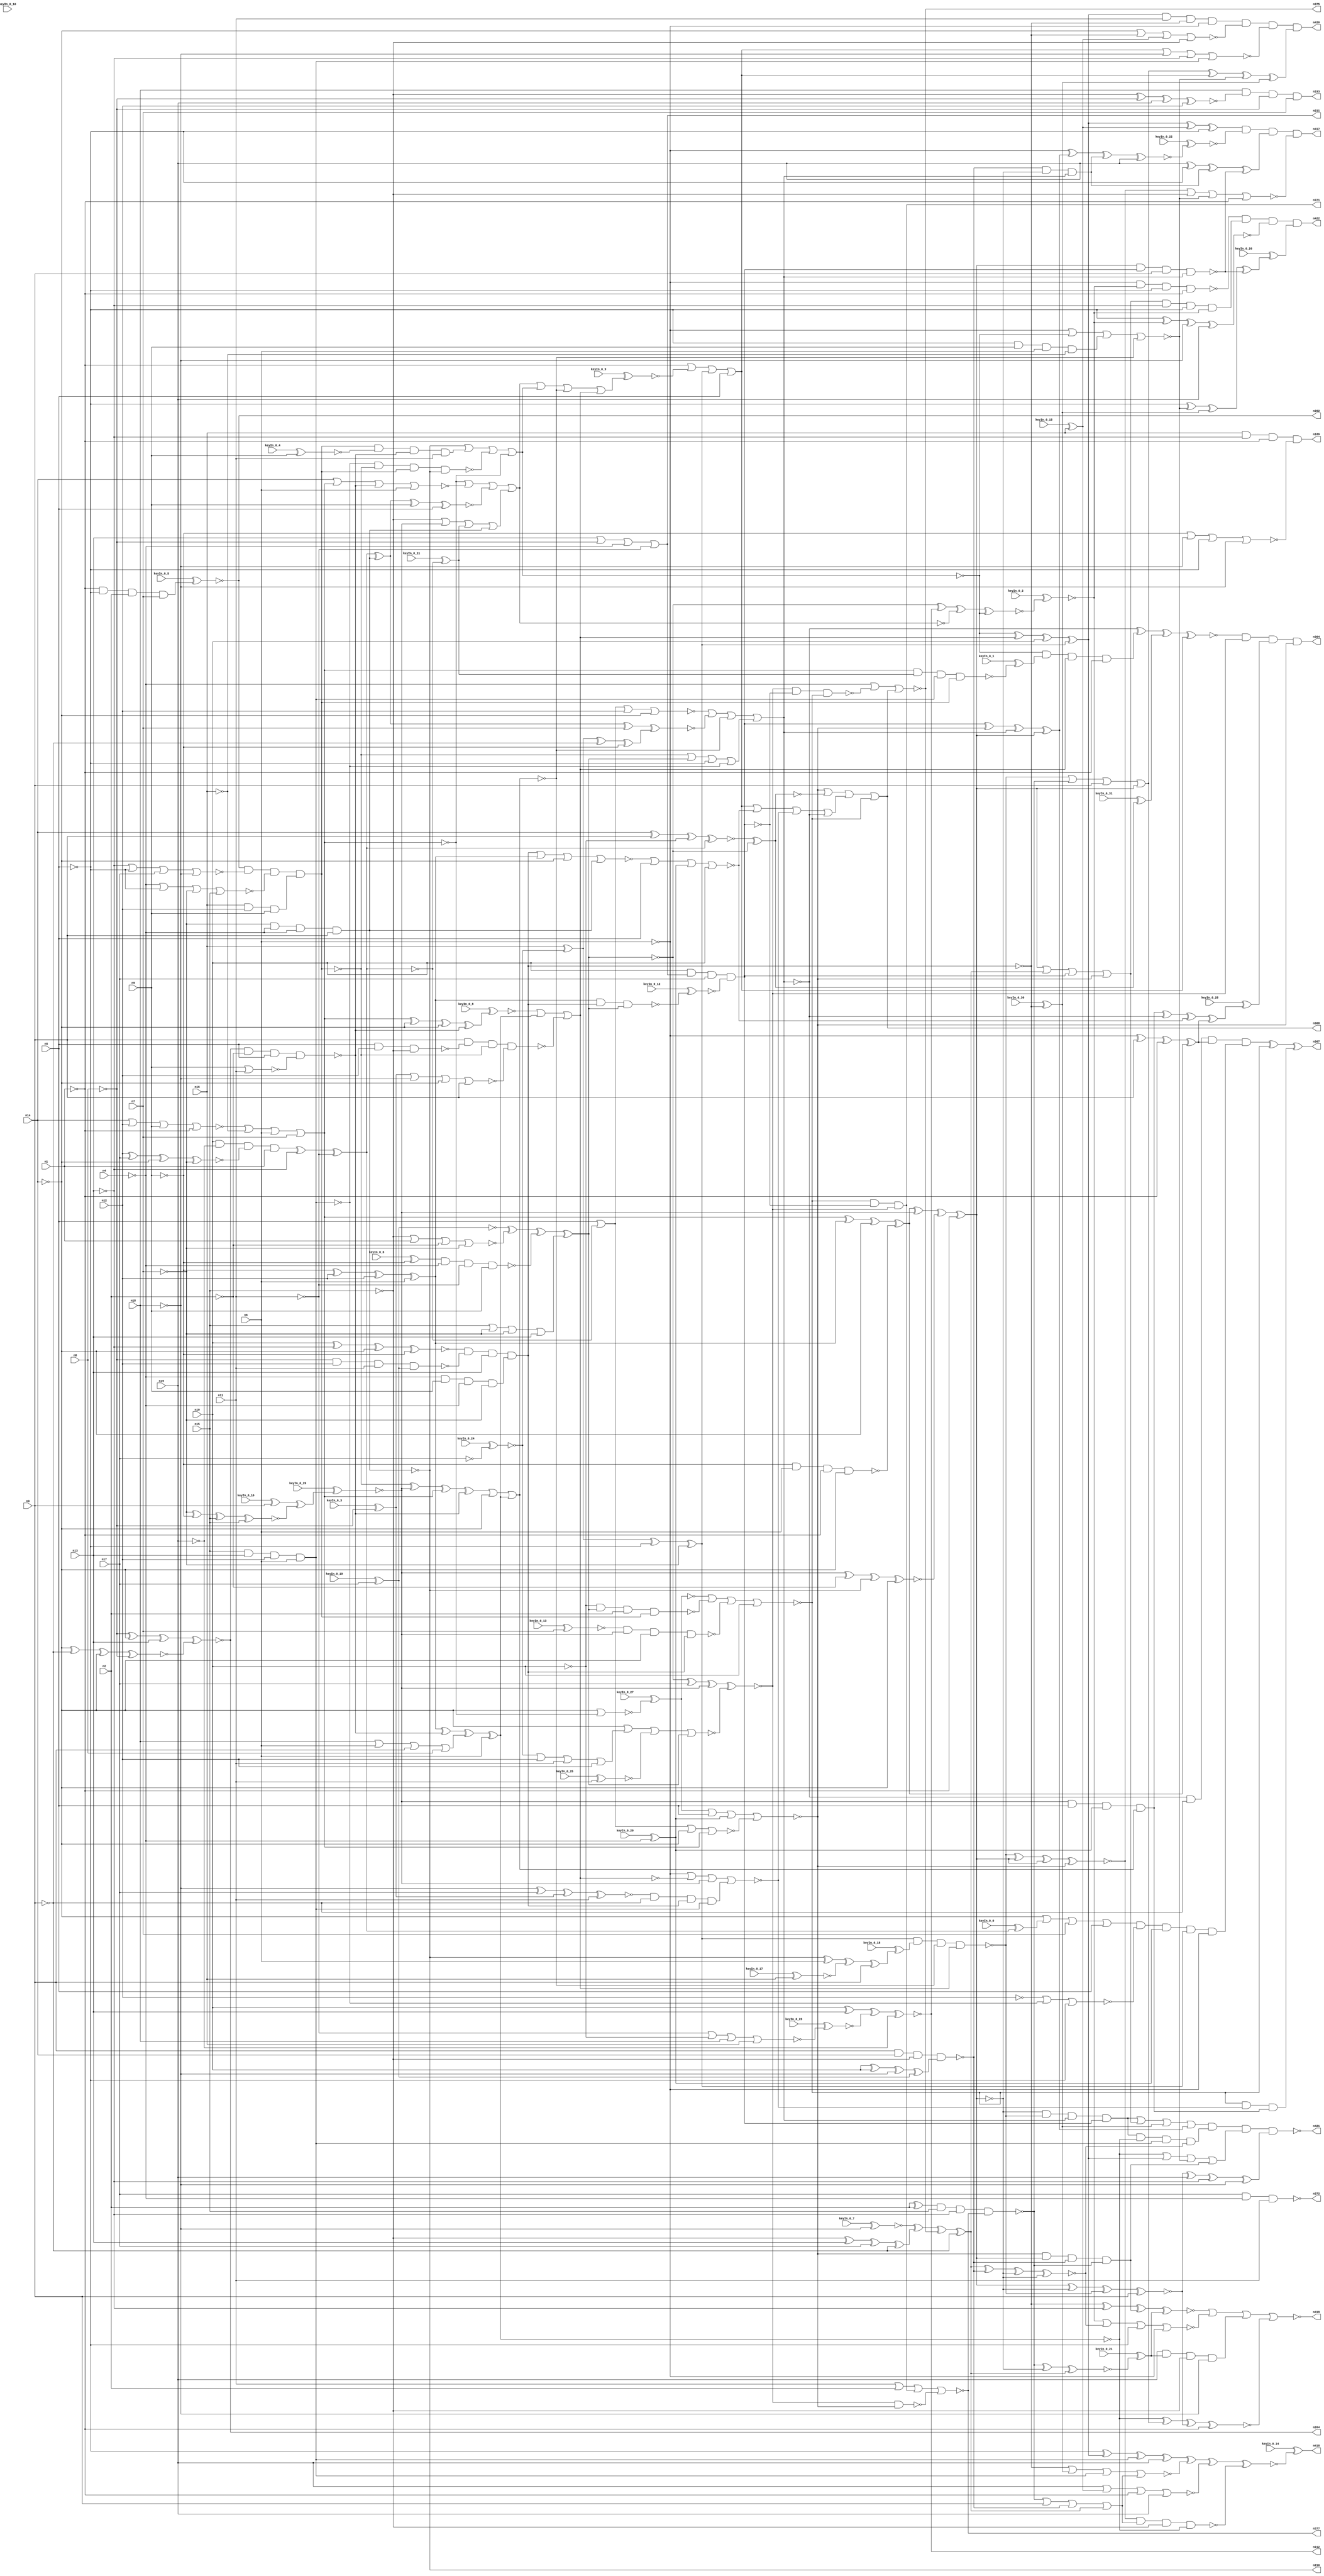


module Stat_403_1822
(
  n1,
  n2,
  n3,
  n4,
  n5,
  n6,
  n7,
  n8,
  n9,
  n10,
  n11,
  n12,
  n13,
  n14,
  n15,
  n16,
  n17,
  n18,
  n19,
  n193,
  n210,
  n211,
  n204,
  n189,
  n202,
  n212,
  n364,
  n368,
  n367,
  n371,
  n372,
  n377,
  n375,
  n418,
  n421,
  n417,
  n419,
  n422,
  n420,
  keyIn_0_0,
  keyIn_0_1,
  keyIn_0_2,
  keyIn_0_3,
  keyIn_0_4,
  keyIn_0_5,
  keyIn_0_6,
  keyIn_0_7,
  keyIn_0_8,
  keyIn_0_9,
  keyIn_0_10,
  keyIn_0_11,
  keyIn_0_12,
  keyIn_0_13,
  keyIn_0_14,
  keyIn_0_15,
  keyIn_0_16,
  keyIn_0_17,
  keyIn_0_18,
  keyIn_0_19,
  keyIn_0_20,
  keyIn_0_21,
  keyIn_0_22,
  keyIn_0_23,
  keyIn_0_24,
  keyIn_0_25,
  keyIn_0_26,
  keyIn_0_27,
  keyIn_0_28,
  keyIn_0_29,
  keyIn_0_30,
  keyIn_0_31
);

  input n1;
  input n2;
  input n3;
  input n4;
  input n5;
  input n6;
  input n7;
  input n8;
  input n9;
  input n10;
  input n11;
  input n12;
  input n13;
  input n14;
  input n15;
  input n16;
  input n17;
  input n18;
  input n19;
  input keyIn_0_0;
  input keyIn_0_1;
  input keyIn_0_2;
  input keyIn_0_3;
  input keyIn_0_4;
  input keyIn_0_5;
  input keyIn_0_6;
  input keyIn_0_7;
  input keyIn_0_8;
  input keyIn_0_9;
  input keyIn_0_10;
  input keyIn_0_11;
  input keyIn_0_12;
  input keyIn_0_13;
  input keyIn_0_14;
  input keyIn_0_15;
  input keyIn_0_16;
  input keyIn_0_17;
  input keyIn_0_18;
  input keyIn_0_19;
  input keyIn_0_20;
  input keyIn_0_21;
  input keyIn_0_22;
  input keyIn_0_23;
  input keyIn_0_24;
  input keyIn_0_25;
  input keyIn_0_26;
  input keyIn_0_27;
  input keyIn_0_28;
  input keyIn_0_29;
  input keyIn_0_30;
  input keyIn_0_31;
  output n193;
  output n210;
  output n211;
  output n204;
  output n189;
  output n202;
  output n212;
  output n364;
  output n368;
  output n367;
  output n371;
  output n372;
  output n377;
  output n375;
  output n418;
  output n421;
  output n417;
  output n419;
  output n422;
  output n420;
  wire n20;
  wire n21;
  wire n22;
  wire n23;
  wire n24;
  wire n25;
  wire n26;
  wire n27;
  wire n28;
  wire n29;
  wire n30;
  wire n31;
  wire n32;
  wire n33;
  wire n34;
  wire n35;
  wire n36;
  wire n37;
  wire n38;
  wire n39;
  wire n40;
  wire n41;
  wire n42;
  wire n43;
  wire n44;
  wire n45;
  wire n46;
  wire n47;
  wire n48;
  wire n49;
  wire n50;
  wire n51;
  wire n52;
  wire n53;
  wire n54;
  wire n55;
  wire n56;
  wire n57;
  wire n58;
  wire n59;
  wire n60;
  wire n61;
  wire n62;
  wire n63;
  wire n64;
  wire n65;
  wire n66;
  wire n67;
  wire n68;
  wire n69;
  wire n70;
  wire n71;
  wire n72;
  wire n73;
  wire n74;
  wire n75;
  wire n76;
  wire n77;
  wire n78;
  wire n79;
  wire n80;
  wire n81;
  wire n82;
  wire n83;
  wire n84;
  wire n85;
  wire n86;
  wire n87;
  wire n88;
  wire n89;
  wire n90;
  wire n91;
  wire n92;
  wire n93;
  wire n94;
  wire n95;
  wire n96;
  wire n97;
  wire n98;
  wire n99;
  wire n100;
  wire n101;
  wire n102;
  wire n103;
  wire n104;
  wire n105;
  wire n106;
  wire n107;
  wire n108;
  wire n109;
  wire n110;
  wire n111;
  wire n112;
  wire n113;
  wire n114;
  wire n115;
  wire n116;
  wire n117;
  wire n118;
  wire n119;
  wire n120;
  wire n121;
  wire n122;
  wire n123;
  wire n124;
  wire n125;
  wire n126;
  wire n127;
  wire n128;
  wire n129;
  wire n130;
  wire n131;
  wire n132;
  wire n133;
  wire n134;
  wire n135;
  wire n136;
  wire n137;
  wire n138;
  wire n139;
  wire n140;
  wire n141;
  wire n142;
  wire n143;
  wire n144;
  wire n145;
  wire n146;
  wire n147;
  wire n148;
  wire n149;
  wire n150;
  wire n151;
  wire n152;
  wire n153;
  wire n154;
  wire n155;
  wire n156;
  wire n157;
  wire n158;
  wire n159;
  wire n160;
  wire n161;
  wire n162;
  wire n163;
  wire n164;
  wire n165;
  wire n166;
  wire n167;
  wire n168;
  wire n169;
  wire n170;
  wire n171;
  wire n172;
  wire n173;
  wire n174;
  wire n175;
  wire n176;
  wire n177;
  wire n178;
  wire n179;
  wire n180;
  wire n181;
  wire n182;
  wire n183;
  wire n184;
  wire n185;
  wire n186;
  wire n187;
  wire n188;
  wire n190;
  wire n191;
  wire n192;
  wire n194;
  wire n195;
  wire n196;
  wire n197;
  wire n198;
  wire n199;
  wire n200;
  wire n201;
  wire n203;
  wire n205;
  wire n206;
  wire n207;
  wire n208;
  wire n209;
  wire n213;
  wire n214;
  wire n215;
  wire n216;
  wire n217;
  wire n218;
  wire n219;
  wire n220;
  wire n221;
  wire n222;
  wire n223;
  wire n224;
  wire n225;
  wire n226;
  wire n227;
  wire n228;
  wire n229;
  wire n230;
  wire n231;
  wire n232;
  wire n233;
  wire n234;
  wire n235;
  wire n236;
  wire n237;
  wire n238;
  wire n239;
  wire n240;
  wire n241;
  wire n242;
  wire n243;
  wire n244;
  wire n245;
  wire n246;
  wire n247;
  wire n248;
  wire n249;
  wire n250;
  wire n251;
  wire n252;
  wire n253;
  wire n254;
  wire n255;
  wire n256;
  wire n257;
  wire n258;
  wire n259;
  wire n260;
  wire n261;
  wire n262;
  wire n263;
  wire n264;
  wire n265;
  wire n266;
  wire n267;
  wire n268;
  wire n269;
  wire n270;
  wire n271;
  wire n272;
  wire n273;
  wire n274;
  wire n275;
  wire n276;
  wire n277;
  wire n278;
  wire n279;
  wire n280;
  wire n281;
  wire n282;
  wire n283;
  wire n284;
  wire n285;
  wire n286;
  wire n287;
  wire n288;
  wire n289;
  wire n290;
  wire n291;
  wire n292;
  wire n293;
  wire n294;
  wire n295;
  wire n296;
  wire n297;
  wire n298;
  wire n299;
  wire n300;
  wire n301;
  wire n302;
  wire n303;
  wire n304;
  wire n305;
  wire n306;
  wire n307;
  wire n308;
  wire n309;
  wire n310;
  wire n311;
  wire n312;
  wire n313;
  wire n314;
  wire n315;
  wire n316;
  wire n317;
  wire n318;
  wire n319;
  wire n320;
  wire n321;
  wire n322;
  wire n323;
  wire n324;
  wire n325;
  wire n326;
  wire n327;
  wire n328;
  wire n329;
  wire n330;
  wire n331;
  wire n332;
  wire n333;
  wire n334;
  wire n335;
  wire n336;
  wire n337;
  wire n338;
  wire n339;
  wire n340;
  wire n341;
  wire n342;
  wire n343;
  wire n344;
  wire n345;
  wire n346;
  wire n347;
  wire n348;
  wire n349;
  wire n350;
  wire n351;
  wire n352;
  wire n353;
  wire n354;
  wire n355;
  wire n356;
  wire n357;
  wire n358;
  wire n359;
  wire n360;
  wire n361;
  wire n362;
  wire n363;
  wire n365;
  wire n366;
  wire n369;
  wire n370;
  wire n373;
  wire n374;
  wire n376;
  wire n378;
  wire n379;
  wire n380;
  wire n381;
  wire n382;
  wire n383;
  wire n384;
  wire n385;
  wire n386;
  wire n387;
  wire n388;
  wire n389;
  wire n390;
  wire n391;
  wire n392;
  wire n393;
  wire n394;
  wire n395;
  wire n396;
  wire n397;
  wire n398;
  wire n399;
  wire n400;
  wire n401;
  wire n402;
  wire n403;
  wire n404;
  wire n405;
  wire n406;
  wire n407;
  wire n408;
  wire n409;
  wire n410;
  wire n411;
  wire n412;
  wire n413;
  wire n414;
  wire n415;
  wire n416;
  wire KeyWire_0_0;
  wire KeyWire_0_1;
  wire KeyWire_0_2;
  wire KeyWire_0_3;
  wire KeyWire_0_4;
  wire KeyWire_0_5;
  wire KeyWire_0_6;
  wire KeyWire_0_7;
  wire KeyWire_0_8;
  wire KeyWire_0_9;
  wire KeyWire_0_10;
  wire KeyWire_0_11;
  wire KeyWire_0_12;
  wire KeyWire_0_13;
  wire KeyWire_0_14;
  wire KeyWire_0_15;
  wire KeyWire_0_16;
  wire KeyWire_0_17;
  wire KeyWire_0_18;
  wire KeyWire_0_19;
  wire KeyWire_0_20;
  wire KeyWire_0_21;
  wire KeyWire_0_22;
  wire KeyWire_0_23;
  wire KeyWire_0_24;
  wire KeyWire_0_25;
  wire KeyWire_0_26;
  wire KeyWire_0_27;
  wire KeyWire_0_28;
  wire KeyWire_0_29;
  wire KeyWire_0_30;
  wire KeyWire_0_31;

  buf
  g0
  (
    n39,
    n12
  );


  not
  g1
  (
    n94,
    n1
  );


  buf
  g2
  (
    n32,
    n17
  );


  buf
  g3
  (
    n73,
    n8
  );


  buf
  g4
  (
    n78,
    n3
  );


  buf
  g5
  (
    n22,
    n19
  );


  not
  g6
  (
    n59,
    n1
  );


  buf
  g7
  (
    n27,
    n11
  );


  not
  g8
  (
    n89,
    n18
  );


  not
  g9
  (
    n40,
    n14
  );


  buf
  g10
  (
    n20,
    n18
  );


  buf
  g11
  (
    n74,
    n9
  );


  buf
  g12
  (
    n82,
    n5
  );


  not
  g13
  (
    n63,
    n8
  );


  buf
  g14
  (
    n42,
    n9
  );


  not
  g15
  (
    KeyWire_0_24,
    n17
  );


  buf
  g16
  (
    n80,
    n10
  );


  not
  g17
  (
    n35,
    n2
  );


  buf
  g18
  (
    n67,
    n10
  );


  not
  g19
  (
    n56,
    n8
  );


  buf
  g20
  (
    n50,
    n3
  );


  not
  g21
  (
    n70,
    n5
  );


  buf
  g22
  (
    n44,
    n16
  );


  buf
  g23
  (
    n68,
    n6
  );


  not
  g24
  (
    KeyWire_0_20,
    n4
  );


  not
  g25
  (
    n41,
    n9
  );


  not
  g26
  (
    n26,
    n2
  );


  buf
  g27
  (
    n53,
    n13
  );


  buf
  g28
  (
    n29,
    n5
  );


  buf
  g29
  (
    KeyWire_0_15,
    n16
  );


  not
  g30
  (
    n38,
    n18
  );


  buf
  g31
  (
    n51,
    n3
  );


  not
  g32
  (
    n46,
    n18
  );


  not
  g33
  (
    n90,
    n13
  );


  buf
  g34
  (
    n49,
    n1
  );


  not
  g35
  (
    KeyWire_0_3,
    n8
  );


  not
  g36
  (
    n31,
    n9
  );


  not
  g37
  (
    n34,
    n5
  );


  not
  g38
  (
    n58,
    n3
  );


  buf
  g39
  (
    n71,
    n13
  );


  not
  g40
  (
    n37,
    n7
  );


  not
  g41
  (
    n47,
    n13
  );


  buf
  g42
  (
    n93,
    n19
  );


  buf
  g43
  (
    n86,
    n2
  );


  not
  g44
  (
    n91,
    n6
  );


  buf
  g45
  (
    n45,
    n12
  );


  buf
  g46
  (
    KeyWire_0_19,
    n17
  );


  buf
  g47
  (
    n61,
    n11
  );


  buf
  g48
  (
    n33,
    n14
  );


  buf
  g49
  (
    n83,
    n17
  );


  not
  g50
  (
    n79,
    n1
  );


  not
  g51
  (
    n24,
    n10
  );


  buf
  g52
  (
    n87,
    n11
  );


  not
  g53
  (
    n62,
    n16
  );


  buf
  g54
  (
    n77,
    n12
  );


  not
  g55
  (
    n69,
    n7
  );


  not
  g56
  (
    n92,
    n15
  );


  buf
  g57
  (
    n60,
    n7
  );


  buf
  g58
  (
    n28,
    n10
  );


  buf
  g59
  (
    n76,
    n15
  );


  buf
  g60
  (
    n65,
    n16
  );


  buf
  g61
  (
    n84,
    n2
  );


  buf
  g62
  (
    n95,
    n19
  );


  buf
  g63
  (
    n21,
    n6
  );


  not
  g64
  (
    n30,
    n14
  );


  not
  g65
  (
    n64,
    n4
  );


  not
  g66
  (
    n23,
    n11
  );


  not
  g67
  (
    n72,
    n4
  );


  not
  g68
  (
    n36,
    n15
  );


  buf
  g69
  (
    n54,
    n12
  );


  not
  g70
  (
    n48,
    n14
  );


  not
  g71
  (
    n85,
    n4
  );


  not
  g72
  (
    n52,
    n15
  );


  not
  g73
  (
    n75,
    n19
  );


  buf
  g74
  (
    n57,
    n6
  );


  buf
  g75
  (
    n66,
    n7
  );


  not
  g76
  (
    n115,
    n36
  );


  buf
  g77
  (
    n124,
    n47
  );


  not
  g78
  (
    KeyWire_0_13,
    n37
  );


  buf
  g79
  (
    n123,
    n37
  );


  buf
  g80
  (
    n152,
    n57
  );


  buf
  g81
  (
    n168,
    n57
  );


  buf
  g82
  (
    n153,
    n54
  );


  not
  g83
  (
    n137,
    n33
  );


  buf
  g84
  (
    n159,
    n30
  );


  not
  g85
  (
    n132,
    n34
  );


  not
  g86
  (
    n136,
    n53
  );


  not
  g87
  (
    n148,
    n33
  );


  buf
  g88
  (
    n135,
    n29
  );


  buf
  g89
  (
    n130,
    n23
  );


  not
  g90
  (
    n160,
    n39
  );


  buf
  g91
  (
    n141,
    n26
  );


  buf
  g92
  (
    n133,
    n53
  );


  buf
  g93
  (
    n112,
    n34
  );


  buf
  g94
  (
    n181,
    n47
  );


  buf
  g95
  (
    n107,
    n21
  );


  not
  g96
  (
    KeyWire_0_4,
    n41
  );


  not
  g97
  (
    n171,
    n40
  );


  buf
  g98
  (
    n158,
    n45
  );


  buf
  g99
  (
    n169,
    n52
  );


  buf
  g100
  (
    n176,
    n50
  );


  buf
  g101
  (
    n125,
    n30
  );


  not
  g102
  (
    n108,
    n59
  );


  buf
  g103
  (
    KeyWire_0_17,
    n44
  );


  buf
  g104
  (
    n119,
    n43
  );


  not
  g105
  (
    n116,
    n46
  );


  not
  g106
  (
    n161,
    n26
  );


  buf
  g107
  (
    n157,
    n51
  );


  not
  g108
  (
    n105,
    n42
  );


  buf
  g109
  (
    n163,
    n48
  );


  not
  g110
  (
    KeyWire_0_10,
    n22
  );


  buf
  g111
  (
    n179,
    n60
  );


  buf
  g112
  (
    n117,
    n49
  );


  buf
  g113
  (
    n178,
    n50
  );


  not
  g114
  (
    n102,
    n49
  );


  buf
  g115
  (
    KeyWire_0_16,
    n51
  );


  buf
  g116
  (
    n182,
    n36
  );


  buf
  g117
  (
    n165,
    n27
  );


  not
  g118
  (
    n166,
    n30
  );


  buf
  g119
  (
    n167,
    n24
  );


  buf
  g120
  (
    n113,
    n55
  );


  buf
  g121
  (
    n188,
    n50
  );


  buf
  g122
  (
    KeyWire_0_25,
    n61
  );


  buf
  g123
  (
    n177,
    n42
  );


  buf
  g124
  (
    n147,
    n58
  );


  not
  g125
  (
    n185,
    n48
  );


  not
  g126
  (
    n98,
    n27
  );


  buf
  g127
  (
    n111,
    n41
  );


  not
  g128
  (
    n122,
    n60
  );


  buf
  g129
  (
    n164,
    n60
  );


  not
  g130
  (
    n120,
    n29
  );


  not
  g131
  (
    n101,
    n60
  );


  buf
  g132
  (
    KeyWire_0_6,
    n31
  );


  not
  g133
  (
    n145,
    n57
  );


  not
  g134
  (
    n110,
    n61
  );


  buf
  g135
  (
    n106,
    n59
  );


  buf
  g136
  (
    n126,
    n43
  );


  buf
  g137
  (
    n128,
    n53
  );


  not
  g138
  (
    n121,
    n35
  );


  buf
  g139
  (
    n154,
    n35
  );


  buf
  g140
  (
    n114,
    n20
  );


  not
  g141
  (
    n187,
    n52
  );


  buf
  g142
  (
    n96,
    n44
  );


  buf
  g143
  (
    KeyWire_0_7,
    n38
  );


  not
  g144
  (
    n146,
    n56
  );


  not
  g145
  (
    n180,
    n51
  );


  not
  g146
  (
    n155,
    n28
  );


  not
  g147
  (
    n144,
    n55
  );


  nor
  g148
  (
    n134,
    n42,
    n61
  );


  nor
  g149
  (
    n162,
    n25,
    n46,
    n40,
    n50
  );


  xnor
  g150
  (
    n97,
    n48,
    n58,
    n40,
    n56
  );


  xor
  g151
  (
    n183,
    n28,
    n28,
    n38,
    n55
  );


  nor
  g152
  (
    n143,
    n36,
    n49,
    n35,
    n37
  );


  nand
  g153
  (
    n139,
    n56,
    n54,
    n27,
    n55
  );


  xor
  g154
  (
    n184,
    n52,
    n53,
    n32,
    n58
  );


  nor
  g155
  (
    n140,
    n47,
    n34,
    n32,
    n46
  );


  xnor
  g156
  (
    n109,
    n52,
    n56,
    n22,
    n45
  );


  nor
  g157
  (
    n127,
    n33,
    n54,
    n42,
    n59
  );


  nand
  g158
  (
    n150,
    n41,
    n21,
    n59,
    n40
  );


  xnor
  g159
  (
    n142,
    n28,
    n47,
    n48,
    n41
  );


  xnor
  g160
  (
    n149,
    n38,
    n32,
    n25,
    n61
  );


  xor
  g161
  (
    n173,
    n44,
    n43,
    n58,
    n31
  );


  xnor
  g162
  (
    n138,
    n31,
    n39,
    n45,
    n57
  );


  xnor
  g163
  (
    n118,
    n45,
    n32,
    n30,
    n37
  );


  nor
  g164
  (
    KeyWire_0_23,
    n23,
    n24,
    n20,
    n44
  );


  nor
  g165
  (
    n129,
    n31,
    n38,
    n34,
    n46
  );


  xor
  g166
  (
    n100,
    n49,
    n35,
    n33,
    n51
  );


  nand
  g167
  (
    n174,
    n29,
    n29,
    n39,
    n36
  );


  or
  g168
  (
    n170,
    n43,
    n54,
    n27,
    n39
  );


  xor
  g169
  (
    n191,
    n75,
    n100,
    n64,
    n70
  );


  xnor
  g170
  (
    n204,
    n63,
    n125,
    n71,
    n97
  );


  nand
  g171
  (
    n199,
    n104,
    n72,
    n98,
    n74
  );


  xnor
  g172
  (
    n196,
    n101,
    n111,
    n115,
    n76
  );


  and
  g173
  (
    n189,
    n65,
    n124,
    n106,
    n129
  );


  and
  g174
  (
    n203,
    n65,
    n77,
    n74
  );


  xor
  g175
  (
    n208,
    n96,
    n126,
    n120,
    n122
  );


  xor
  g176
  (
    n192,
    n68,
    n119,
    n65,
    n113
  );


  xor
  g177
  (
    n190,
    n70,
    n99,
    n67
  );


  nand
  g178
  (
    n197,
    n76,
    n71,
    n77,
    n107
  );


  nor
  g179
  (
    n205,
    n127,
    n62,
    n68,
    n66
  );


  nor
  g180
  (
    n201,
    n65,
    n62,
    n73,
    n117
  );


  or
  g181
  (
    n206,
    n76,
    n69,
    n123,
    n71
  );


  and
  g182
  (
    n207,
    n67,
    n75,
    n118,
    n108
  );


  nand
  g183
  (
    n210,
    n69,
    n72,
    n64,
    n78
  );


  nor
  g184
  (
    n194,
    n73,
    n73,
    n63,
    n75
  );


  or
  g185
  (
    n211,
    n128,
    n63,
    n72,
    n110
  );


  and
  g186
  (
    n200,
    n72,
    n74,
    n64,
    n69
  );


  nand
  g187
  (
    n195,
    n105,
    n66,
    n77,
    n62
  );


  and
  g188
  (
    n213,
    n70,
    n74,
    n68,
    n62
  );


  and
  g189
  (
    KeyWire_0_5,
    n102,
    n112,
    n121,
    n66
  );


  and
  g190
  (
    n193,
    n116,
    n109,
    n63,
    n66
  );


  or
  g191
  (
    n209,
    n114,
    n68,
    n78,
    n73
  );


  nor
  g192
  (
    n198,
    n64,
    n70,
    n69,
    n76
  );


  xnor
  g193
  (
    n212,
    n67,
    n71,
    n103,
    n75
  );


  buf
  g194
  (
    n223,
    n205
  );


  buf
  g195
  (
    n225,
    n197
  );


  not
  g196
  (
    n219,
    n145
  );


  buf
  g197
  (
    n221,
    n137
  );


  not
  g198
  (
    n217,
    n138
  );


  buf
  g199
  (
    n214,
    n135
  );


  xor
  g200
  (
    KeyWire_0_29,
    n131,
    n196
  );


  xnor
  g201
  (
    n215,
    n207,
    n136,
    n201,
    n130
  );


  and
  g202
  (
    n222,
    n202,
    n140,
    n198,
    n203
  );


  and
  g203
  (
    n224,
    n142,
    n139,
    n133,
    n200
  );


  xor
  g204
  (
    n216,
    n144,
    n143,
    n199,
    n206
  );


  nand
  g205
  (
    n218,
    n204,
    n141,
    n132,
    n134
  );


  buf
  g206
  (
    n246,
    n220
  );


  not
  g207
  (
    n232,
    n214
  );


  buf
  g208
  (
    n242,
    n217
  );


  buf
  g209
  (
    n241,
    n225
  );


  not
  g210
  (
    n227,
    n210
  );


  not
  g211
  (
    n226,
    n225
  );


  buf
  g212
  (
    n240,
    n221
  );


  buf
  g213
  (
    n236,
    n218
  );


  not
  g214
  (
    n235,
    n223
  );


  buf
  g215
  (
    n231,
    n215
  );


  buf
  g216
  (
    n234,
    n224
  );


  buf
  g217
  (
    n239,
    n222
  );


  buf
  g218
  (
    n228,
    n224
  );


  not
  g219
  (
    n243,
    n222
  );


  buf
  g220
  (
    n233,
    n221
  );


  buf
  g221
  (
    n247,
    n208
  );


  not
  g222
  (
    n245,
    n216
  );


  not
  g223
  (
    n244,
    n219
  );


  buf
  g224
  (
    n237,
    n220
  );


  buf
  g225
  (
    n238,
    n216
  );


  buf
  g226
  (
    n230,
    n223
  );


  xor
  g227
  (
    n229,
    n217,
    n218,
    n209,
    n219
  );


  not
  g228
  (
    n250,
    n230
  );


  not
  g229
  (
    n255,
    n232
  );


  buf
  g230
  (
    n254,
    n227
  );


  buf
  g231
  (
    n253,
    n226
  );


  not
  g232
  (
    n265,
    n229
  );


  buf
  g233
  (
    n258,
    n229
  );


  buf
  g234
  (
    n249,
    n232
  );


  buf
  g235
  (
    n260,
    n233
  );


  buf
  g236
  (
    n259,
    n230
  );


  buf
  g237
  (
    n263,
    n232
  );


  not
  g238
  (
    n256,
    n231
  );


  buf
  g239
  (
    n264,
    n232
  );


  not
  g240
  (
    n266,
    n228
  );


  not
  g241
  (
    KeyWire_0_0,
    n231
  );


  buf
  g242
  (
    n252,
    n231
  );


  buf
  g243
  (
    n261,
    n226
  );


  not
  g244
  (
    KeyWire_0_30,
    n228
  );


  buf
  g245
  (
    KeyWire_0_11,
    n231
  );


  not
  g246
  (
    n257,
    n227
  );


  and
  g247
  (
    n291,
    n149,
    n147,
    n234,
    n253
  );


  nor
  g248
  (
    n274,
    n166,
    n235,
    n236,
    n168
  );


  nor
  g249
  (
    n279,
    n255,
    n252,
    n153,
    n233
  );


  nand
  g250
  (
    n270,
    n241,
    n243,
    n239,
    n257
  );


  nor
  g251
  (
    n277,
    n160,
    n241,
    n249
  );


  xnor
  g252
  (
    n286,
    n256,
    n254,
    n179,
    n173
  );


  nand
  g253
  (
    KeyWire_0_1,
    n250,
    n248,
    n253,
    n239
  );


  xor
  g254
  (
    n268,
    n243,
    n237,
    n250,
    n236
  );


  nand
  g255
  (
    n281,
    n167,
    n238,
    n161,
    n239
  );


  nand
  g256
  (
    KeyWire_0_12,
    n242,
    n242,
    n234,
    n238
  );


  xor
  g257
  (
    KeyWire_0_8,
    n235,
    n233,
    n163,
    n236
  );


  or
  g258
  (
    n271,
    n169,
    n237,
    n248,
    n254
  );


  xnor
  g259
  (
    n292,
    n146,
    n256,
    n251,
    n158
  );


  nand
  g260
  (
    n273,
    n157,
    n174,
    n243,
    n162
  );


  xnor
  g261
  (
    n284,
    n171,
    n176,
    n155,
    n256
  );


  xor
  g262
  (
    n278,
    n257,
    n152,
    n175,
    n178
  );


  xnor
  g263
  (
    n272,
    n254,
    n256,
    n177,
    n255
  );


  nor
  g264
  (
    n283,
    n255,
    n252,
    n240,
    n235
  );


  and
  g265
  (
    n269,
    n239,
    n151,
    n236,
    n165
  );


  or
  g266
  (
    n276,
    n159,
    n251,
    n164,
    n255
  );


  or
  g267
  (
    n280,
    n243,
    n238,
    n249,
    n241
  );


  xnor
  g268
  (
    n275,
    n235,
    n242,
    n233,
    n150
  );


  nor
  g269
  (
    n288,
    n240,
    n170,
    n172,
    n238
  );


  nor
  g270
  (
    n285,
    n234,
    n242,
    n240,
    n254
  );


  xnor
  g271
  (
    n289,
    n237,
    n154,
    n257,
    n240
  );


  nand
  g272
  (
    n287,
    n156,
    n237,
    n148,
    n234
  );


  or
  g273
  (
    n295,
    n257,
    n269,
    n270,
    n259
  );


  nor
  g274
  (
    n296,
    n268,
    n260,
    n258
  );


  or
  g275
  (
    n293,
    n259,
    n274,
    n272,
    n271
  );


  or
  g276
  (
    n297,
    n267,
    n258,
    n273
  );


  nor
  g277
  (
    KeyWire_0_27,
    n260,
    n259
  );


  buf
  g278
  (
    n304,
    n294
  );


  not
  g279
  (
    n308,
    n297
  );


  buf
  g280
  (
    n309,
    n297
  );


  not
  g281
  (
    n311,
    n275
  );


  not
  g282
  (
    n301,
    n295
  );


  not
  g283
  (
    n310,
    n295
  );


  not
  g284
  (
    n307,
    n296
  );


  not
  g285
  (
    n305,
    n294
  );


  not
  g286
  (
    n300,
    n295
  );


  not
  g287
  (
    n303,
    n293
  );


  buf
  g288
  (
    KeyWire_0_18,
    n278
  );


  buf
  g289
  (
    n306,
    n296
  );


  buf
  g290
  (
    n313,
    n297
  );


  buf
  g291
  (
    n312,
    n296
  );


  and
  g292
  (
    n299,
    n276,
    n277
  );


  or
  g293
  (
    KeyWire_0_9,
    n293,
    n295,
    n296,
    n297
  );


  not
  g294
  (
    n315,
    n78
  );


  xnor
  g295
  (
    n321,
    n284,
    n245
  );


  xor
  g296
  (
    n330,
    n300,
    n313,
    n80,
    n247
  );


  nor
  g297
  (
    n331,
    n244,
    n310,
    n213,
    n312
  );


  xor
  g298
  (
    n326,
    n244,
    n78,
    n79,
    n311
  );


  and
  g299
  (
    n328,
    n301,
    n290,
    n313,
    n79
  );


  or
  g300
  (
    n316,
    n279,
    n286,
    n312,
    n280
  );


  xnor
  g301
  (
    KeyWire_0_2,
    n245,
    n212,
    n303,
    n310
  );


  and
  g302
  (
    n325,
    n246,
    n82,
    n81,
    n307
  );


  nor
  g303
  (
    n323,
    n285,
    n82,
    n81,
    n80
  );


  nand
  g304
  (
    n314,
    n247,
    n298,
    n306,
    n309
  );


  or
  g305
  (
    n329,
    n79,
    n302,
    n247,
    n82
  );


  xor
  g306
  (
    n322,
    n311,
    n246,
    n289,
    n79
  );


  xor
  g307
  (
    n317,
    n245,
    n83,
    n246,
    n288
  );


  or
  g308
  (
    n320,
    n304,
    n281,
    n287,
    n80
  );


  nor
  g309
  (
    n324,
    n244,
    n308,
    n246,
    n291
  );


  nand
  g310
  (
    n318,
    n80,
    n211,
    n83,
    n282
  );


  and
  g311
  (
    n327,
    n299,
    n81,
    n247,
    n244
  );


  nor
  g312
  (
    n319,
    n305,
    n82,
    n81,
    n283
  );


  not
  g313
  (
    n347,
    n315
  );


  buf
  g314
  (
    n339,
    n318
  );


  not
  g315
  (
    n344,
    n318
  );


  not
  g316
  (
    n337,
    n317
  );


  not
  g317
  (
    n350,
    n322
  );


  buf
  g318
  (
    n340,
    n314
  );


  buf
  g319
  (
    n351,
    n316
  );


  buf
  g320
  (
    n349,
    n319
  );


  buf
  g321
  (
    n341,
    n321
  );


  buf
  g322
  (
    n345,
    n322
  );


  not
  g323
  (
    n346,
    n322
  );


  buf
  g324
  (
    n333,
    n315
  );


  buf
  g325
  (
    n342,
    n319
  );


  buf
  g326
  (
    n352,
    n314
  );


  not
  g327
  (
    n335,
    n316
  );


  not
  g328
  (
    n338,
    n320
  );


  buf
  g329
  (
    n348,
    n322
  );


  not
  g330
  (
    n336,
    n320
  );


  not
  g331
  (
    KeyWire_0_31,
    n321
  );


  not
  g332
  (
    n343,
    n317
  );


  and
  g333
  (
    n355,
    n335,
    n333,
    n326,
    n327
  );


  and
  g334
  (
    n353,
    n327,
    n328,
    n324,
    n323
  );


  xnor
  g335
  (
    n359,
    n335,
    n328,
    n334,
    n329
  );


  or
  g336
  (
    n354,
    n328,
    n323,
    n327,
    n326
  );


  and
  g337
  (
    n361,
    n336,
    n324,
    n325
  );


  xor
  g338
  (
    n357,
    n326,
    n333,
    n334,
    n328
  );


  or
  g339
  (
    n356,
    n329,
    n323,
    n324,
    n335
  );


  and
  g340
  (
    n360,
    n324,
    n327,
    n325,
    n336
  );


  xor
  g341
  (
    KeyWire_0_28,
    n325,
    n335,
    n323,
    n326
  );


  or
  g342
  (
    n368,
    n342,
    n341,
    n356,
    n338
  );


  nor
  g343
  (
    n365,
    n353,
    n360,
    n342,
    n341
  );


  nand
  g344
  (
    n370,
    n337,
    n337,
    n343,
    n342
  );


  xor
  g345
  (
    n366,
    n343,
    n340
  );


  nand
  g346
  (
    n369,
    n337,
    n339,
    n338
  );


  and
  g347
  (
    n371,
    n336,
    n339,
    n337
  );


  and
  g348
  (
    n364,
    n359,
    n343,
    n358,
    n342
  );


  xor
  g349
  (
    n367,
    n355,
    n338,
    n361
  );


  xor
  g350
  (
    n363,
    n338,
    n340,
    n354,
    n357
  );


  nor
  g351
  (
    n362,
    n336,
    n341,
    n343
  );


  nor
  g352
  (
    n375,
    n85,
    n85,
    n369,
    n368
  );


  nand
  g353
  (
    n372,
    n83,
    n85,
    n87
  );


  xor
  g354
  (
    n376,
    n86,
    n84
  );


  nor
  g355
  (
    n377,
    n87,
    n86,
    n371,
    n370
  );


  and
  g356
  (
    n373,
    n84,
    n366,
    n367,
    n83
  );


  xnor
  g357
  (
    n374,
    n292,
    n85,
    n86
  );


  nand
  g358
  (
    n380,
    n188,
    n185,
    n182,
    n183
  );


  xor
  g359
  (
    n378,
    n186,
    n184,
    n375,
    n180
  );


  nand
  g360
  (
    n379,
    n376,
    n187,
    n181,
    n377
  );


  or
  g361
  (
    n381,
    n352,
    n379,
    n347,
    n345
  );


  xnor
  g362
  (
    n383,
    n352,
    n345,
    n348,
    n349
  );


  and
  g363
  (
    n390,
    n349,
    n345,
    n380,
    n379
  );


  or
  g364
  (
    n391,
    n379,
    n347,
    n380,
    n378
  );


  and
  g365
  (
    n389,
    n346,
    n352,
    n351,
    n344
  );


  xnor
  g366
  (
    KeyWire_0_21,
    n379,
    n346,
    n378
  );


  xnor
  g367
  (
    n387,
    n378,
    n380,
    n346,
    n350
  );


  xor
  g368
  (
    n386,
    n344,
    n349,
    n351,
    n348
  );


  or
  g369
  (
    n382,
    n345,
    n378,
    n344,
    n349
  );


  and
  g370
  (
    n388,
    n380,
    n350,
    n351
  );


  nand
  g371
  (
    n384,
    n348,
    n344,
    n347,
    n351
  );


  xnor
  g372
  (
    n385,
    n348,
    n350,
    n352,
    n347
  );


  xnor
  g373
  (
    n399,
    n263,
    n332,
    n89,
    n95
  );


  nand
  g374
  (
    n414,
    n91,
    n332,
    n264,
    n94
  );


  nor
  g375
  (
    n406,
    n266,
    n262,
    n261,
    n391
  );


  xnor
  g376
  (
    KeyWire_0_22,
    n91,
    n386,
    n388,
    n93
  );


  xor
  g377
  (
    n396,
    n264,
    n330,
    n261,
    n93
  );


  or
  g378
  (
    n405,
    n389,
    n382,
    n262,
    n386
  );


  nor
  g379
  (
    n401,
    n93,
    n88,
    n94,
    n95
  );


  nor
  g380
  (
    n395,
    n383,
    n92,
    n331,
    n94
  );


  nor
  g381
  (
    n400,
    n260,
    n266,
    n88,
    n92
  );


  and
  g382
  (
    n394,
    n382,
    n90,
    n264,
    n332
  );


  and
  g383
  (
    n415,
    n389,
    n265,
    n261,
    n387
  );


  xor
  g384
  (
    n407,
    n330,
    n88,
    n263
  );


  xnor
  g385
  (
    n403,
    n266,
    n90,
    n390,
    n392
  );


  nor
  g386
  (
    n398,
    n329,
    n89,
    n90,
    n261
  );


  nor
  g387
  (
    n393,
    n332,
    n387,
    n263,
    n91
  );


  or
  g388
  (
    n397,
    n265,
    n330,
    n331,
    n390
  );


  and
  g389
  (
    n408,
    n95,
    n392,
    n92,
    n89
  );


  xor
  g390
  (
    KeyWire_0_26,
    n263,
    n331,
    n262,
    n384
  );


  xor
  g391
  (
    n413,
    n381,
    n329,
    n331,
    n262
  );


  xor
  g392
  (
    n409,
    n385,
    n95,
    n90,
    n89
  );


  xnor
  g393
  (
    n411,
    n265,
    n381,
    n385,
    n94
  );


  nand
  g394
  (
    n416,
    n383,
    n391,
    n92,
    n265
  );


  and
  g395
  (
    n412,
    n330,
    n87,
    n266,
    n91
  );


  xor
  g396
  (
    n404,
    n93,
    n264,
    n388,
    n384
  );


  and
  g397
  (
    n420,
    n412,
    n400,
    n398,
    n413
  );


  nand
  g398
  (
    n421,
    n405,
    n415,
    n397,
    n409
  );


  nor
  g399
  (
    n419,
    n403,
    n393,
    n408,
    n411
  );


  xnor
  g400
  (
    KeyWire_0_14,
    n396,
    n406,
    n401,
    n416
  );


  and
  g401
  (
    n422,
    n414,
    n394,
    n399,
    n402
  );


  and
  g402
  (
    n417,
    n407,
    n410,
    n404,
    n395
  );


  xor
  KeyGate_0_0
  (
    n251,
    keyIn_0_0,
    KeyWire_0_0
  );


  xor
  KeyGate_0_1
  (
    n290,
    keyIn_0_1,
    KeyWire_0_1
  );


  xnor
  KeyGate_0_2
  (
    n332,
    keyIn_0_2,
    KeyWire_0_2
  );


  xor
  KeyGate_0_3
  (
    n25,
    keyIn_0_3,
    KeyWire_0_3
  );


  xnor
  KeyGate_0_4
  (
    n151,
    keyIn_0_4,
    KeyWire_0_4
  );


  xnor
  KeyGate_0_5
  (
    n202,
    keyIn_0_5,
    KeyWire_0_5
  );


  xor
  KeyGate_0_6
  (
    n104,
    keyIn_0_6,
    KeyWire_0_6
  );


  xnor
  KeyGate_0_7
  (
    n186,
    keyIn_0_7,
    KeyWire_0_7
  );


  xnor
  KeyGate_0_8
  (
    n267,
    keyIn_0_8,
    KeyWire_0_8
  );


  xnor
  KeyGate_0_9
  (
    n302,
    keyIn_0_9,
    KeyWire_0_9
  );


  xor
  KeyGate_0_10
  (
    n99,
    keyIn_0_10,
    KeyWire_0_10
  );


  xor
  KeyGate_0_11
  (
    n248,
    keyIn_0_11,
    KeyWire_0_11
  );


  xnor
  KeyGate_0_12
  (
    n282,
    keyIn_0_12,
    KeyWire_0_12
  );


  xnor
  KeyGate_0_13
  (
    n156,
    keyIn_0_13,
    KeyWire_0_13
  );


  xor
  KeyGate_0_14
  (
    n418,
    keyIn_0_14,
    KeyWire_0_14
  );


  xor
  KeyGate_0_15
  (
    n88,
    keyIn_0_15,
    KeyWire_0_15
  );


  xor
  KeyGate_0_16
  (
    n131,
    keyIn_0_16,
    KeyWire_0_16
  );


  xnor
  KeyGate_0_17
  (
    n175,
    keyIn_0_17,
    KeyWire_0_17
  );


  xor
  KeyGate_0_18
  (
    n298,
    keyIn_0_18,
    KeyWire_0_18
  );


  xor
  KeyGate_0_19
  (
    n55,
    keyIn_0_19,
    KeyWire_0_19
  );


  xor
  KeyGate_0_20
  (
    n81,
    keyIn_0_20,
    KeyWire_0_20
  );


  xor
  KeyGate_0_21
  (
    n392,
    keyIn_0_21,
    KeyWire_0_21
  );


  xnor
  KeyGate_0_22
  (
    n410,
    keyIn_0_22,
    KeyWire_0_22
  );


  xnor
  KeyGate_0_23
  (
    n103,
    keyIn_0_23,
    KeyWire_0_23
  );


  xnor
  KeyGate_0_24
  (
    n43,
    keyIn_0_24,
    KeyWire_0_24
  );


  xnor
  KeyGate_0_25
  (
    n172,
    keyIn_0_25,
    KeyWire_0_25
  );


  xor
  KeyGate_0_26
  (
    n402,
    keyIn_0_26,
    KeyWire_0_26
  );


  xnor
  KeyGate_0_27
  (
    n294,
    keyIn_0_27,
    KeyWire_0_27
  );


  xor
  KeyGate_0_28
  (
    n358,
    keyIn_0_28,
    KeyWire_0_28
  );


  xnor
  KeyGate_0_29
  (
    n220,
    keyIn_0_29,
    KeyWire_0_29
  );


  xor
  KeyGate_0_30
  (
    n262,
    keyIn_0_30,
    KeyWire_0_30
  );


  xor
  KeyGate_0_31
  (
    n334,
    keyIn_0_31,
    KeyWire_0_31
  );


endmodule